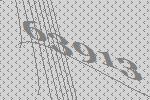
63913